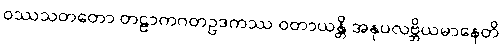
ဝဿသတတော တဠာကဂတဥဒကဿ ဝတာယန္တိ အနုပလဗ္ဘိယမာနေတိ